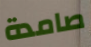
صامدة